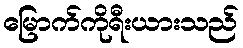
မြောက်ကိုရီးယားသည်